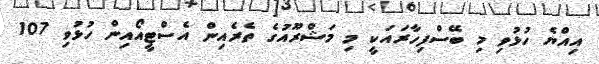
އިއްޔެ ހުޅުވި މި ބޭސްފިހާރައަކީ މި މަޝްރޫއުގެ ތެރެއިން އެސްޓީއޯއިން ހުޅުވި 107